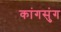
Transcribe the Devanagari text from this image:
कांगसुंग